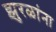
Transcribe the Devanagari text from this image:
झुरळांना